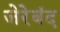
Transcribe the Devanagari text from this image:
जेरेबंद